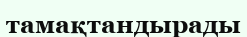
тамақтандырады